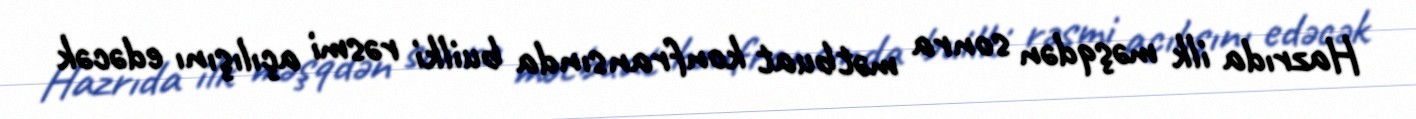
Hazrıda ilk məşqdən sonra mətbuat konfransında builki rəsmi açılışını edəсək